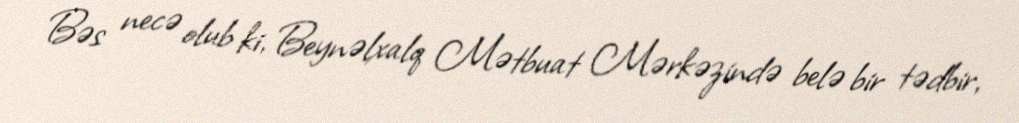
Bəs necə olub ki, Beynəlxalq Mətbuat Mərkəzində belə bir tədbir,